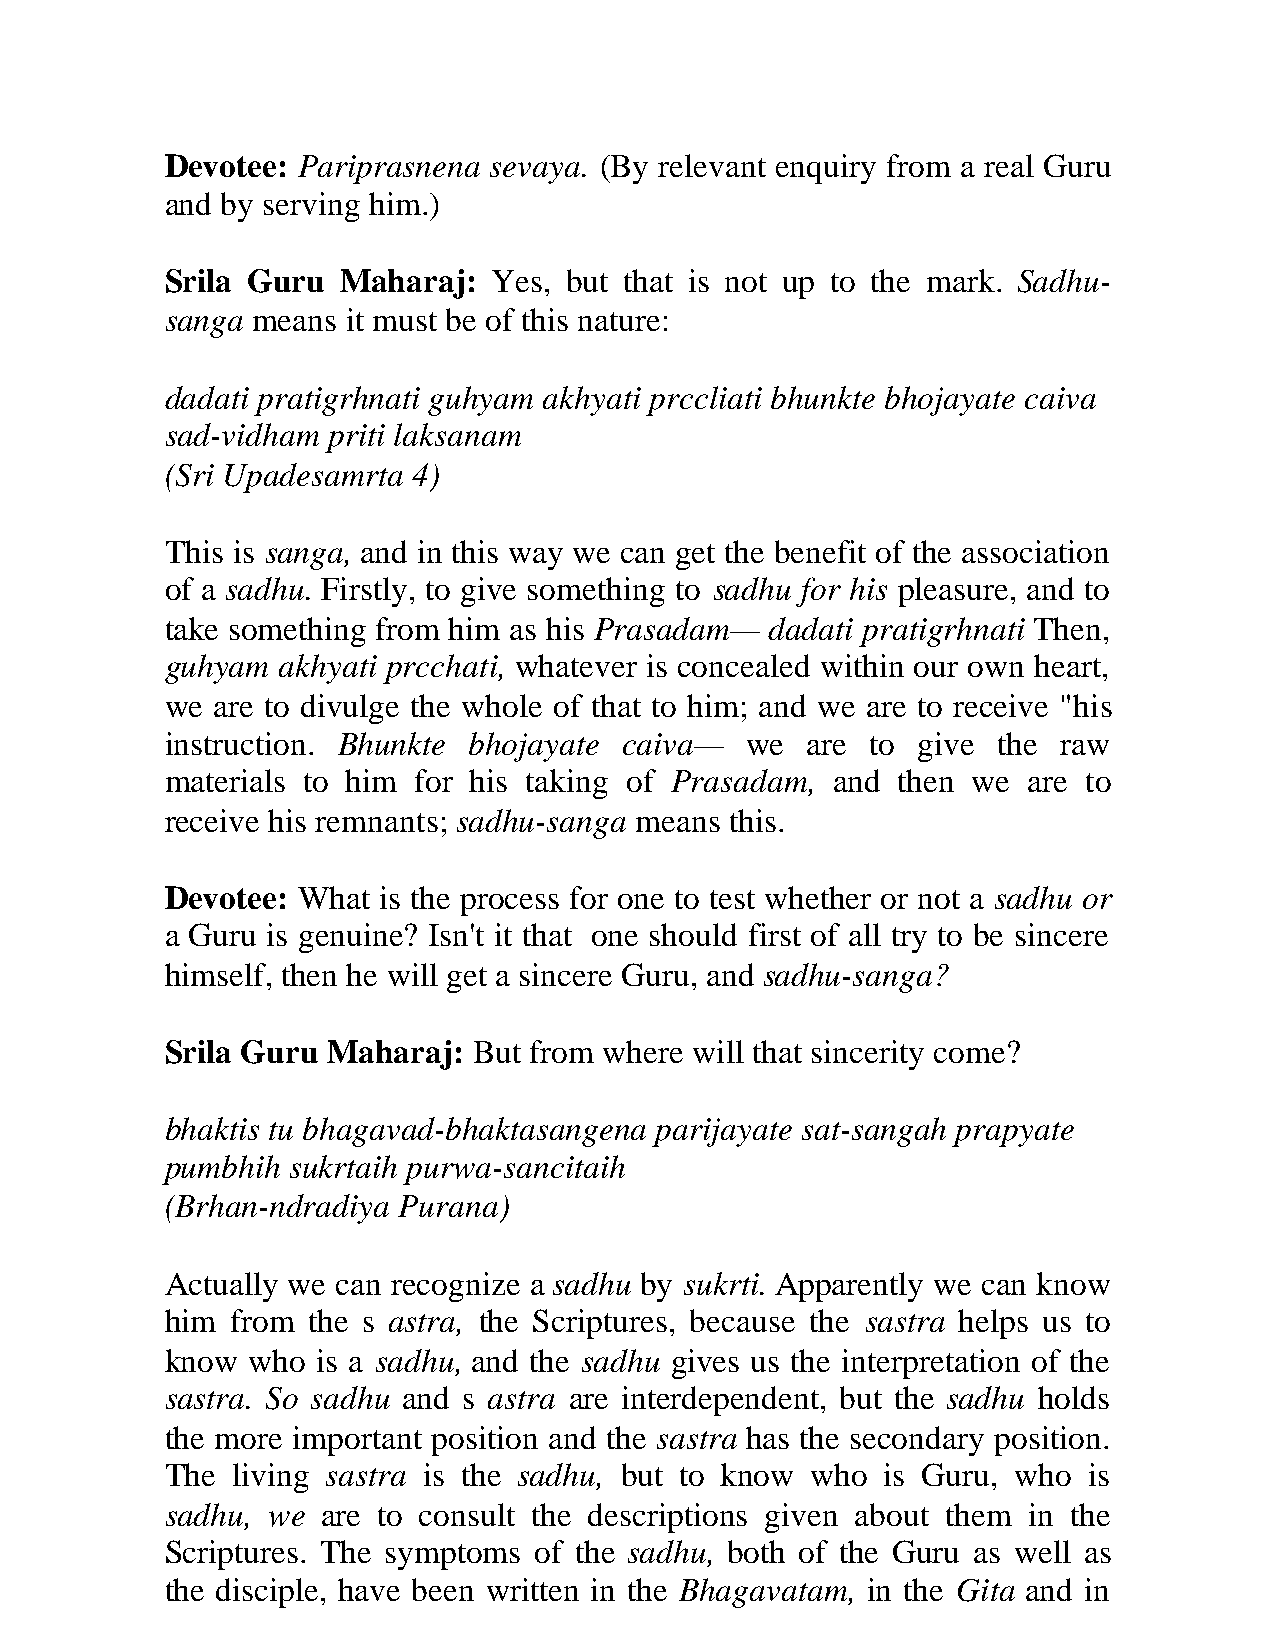
Devotee: Pariprasnena sevaya. (By relevant enquiry from a real Guru
 and by serving him.)
 Srila Guru  Maharaj:  Yes, but that is not up to the mark. Sadhu-
 sanga means it must be of this nature:
 dadati pratigrhnati guhyam akhyati prccliati bhunkte bhojayate caiva
 sad-vidham priti laksanam
 (Sri Upadesamrta 4)
 This is sanga, and in this way we can get the benefit of the association
 of a sadhu. Firstly, to give something to sadhu for his pleasure, and to
 take something from him as his Prasadam— dadati pratigrhnati Then,
 guhyam akhyati prcchati, whatever is concealed within our own heart,
 we are to divulge the whole of that to him; and we are to receive "his
 instruction. Bhunkte bhojayate caiva— we  are  to give the raw
 materials to him for his taking of Prasadam, and then we are to
 receive his remnants; sadhu-sanga means this.
 Devotee: What is the process for one to test whether or not a sadhu or
 a Guru is genuine? Isn't it that one should first of all try to be sincere
 himself, then he will get a sincere Guru, and sadhu-sanga?
 Srila Guru Maharaj: But from where will that sincerity come?
 bhaktis tu bhagavad-bhaktasangena parijayate sat-sangah prapyate
 pumbhih sukrtaih purwa-sancitaih
 (Brhan-ndradiya Purana)
 Actually we can recognize a sadhu by sukrti. Apparently we can know
 him from the s astra, the Scriptures, because the sastra helps us to
 know who  is a sadhu, and the sadhu gives us the interpretation of the
 sastra. So sadhu and s astra are interdependent, but the sadhu holds
 the more important position and the sastra has the secondary position.
 The living sastra is the sadhu, but to know who is Guru, who is
 sadhu, we are to consult the descriptions given about them in the
 Scriptures. The symptoms of the sadhu, both of the Guru as well as
 the disciple, have been written in the Bhagavatam, in the Gita and in